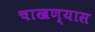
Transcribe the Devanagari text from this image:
चाखण्यास